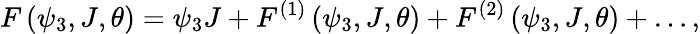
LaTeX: F\left(\psi_{3},J,\theta\right)=\psi_{3}J+F^{(1)}\left(\psi_{3},J,\theta\right)+F^{(2)}\left(\psi_{3},J,\theta\right)+\ldots,